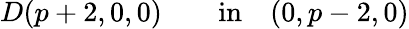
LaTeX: D(p+2,0,0)\qquad\mathrm{in}\quad(0,p-2,0)